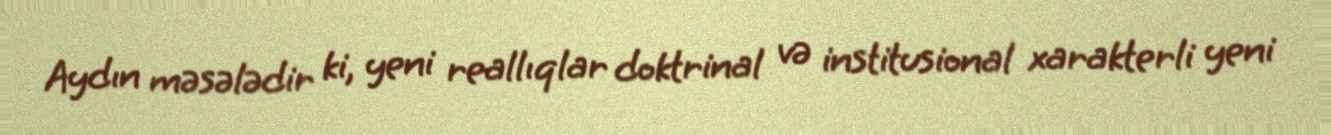
Aydın məsələdir ki, yeni reallıqlar doktrinal və institusional xarakterli yeni